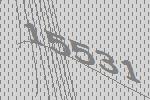
15531